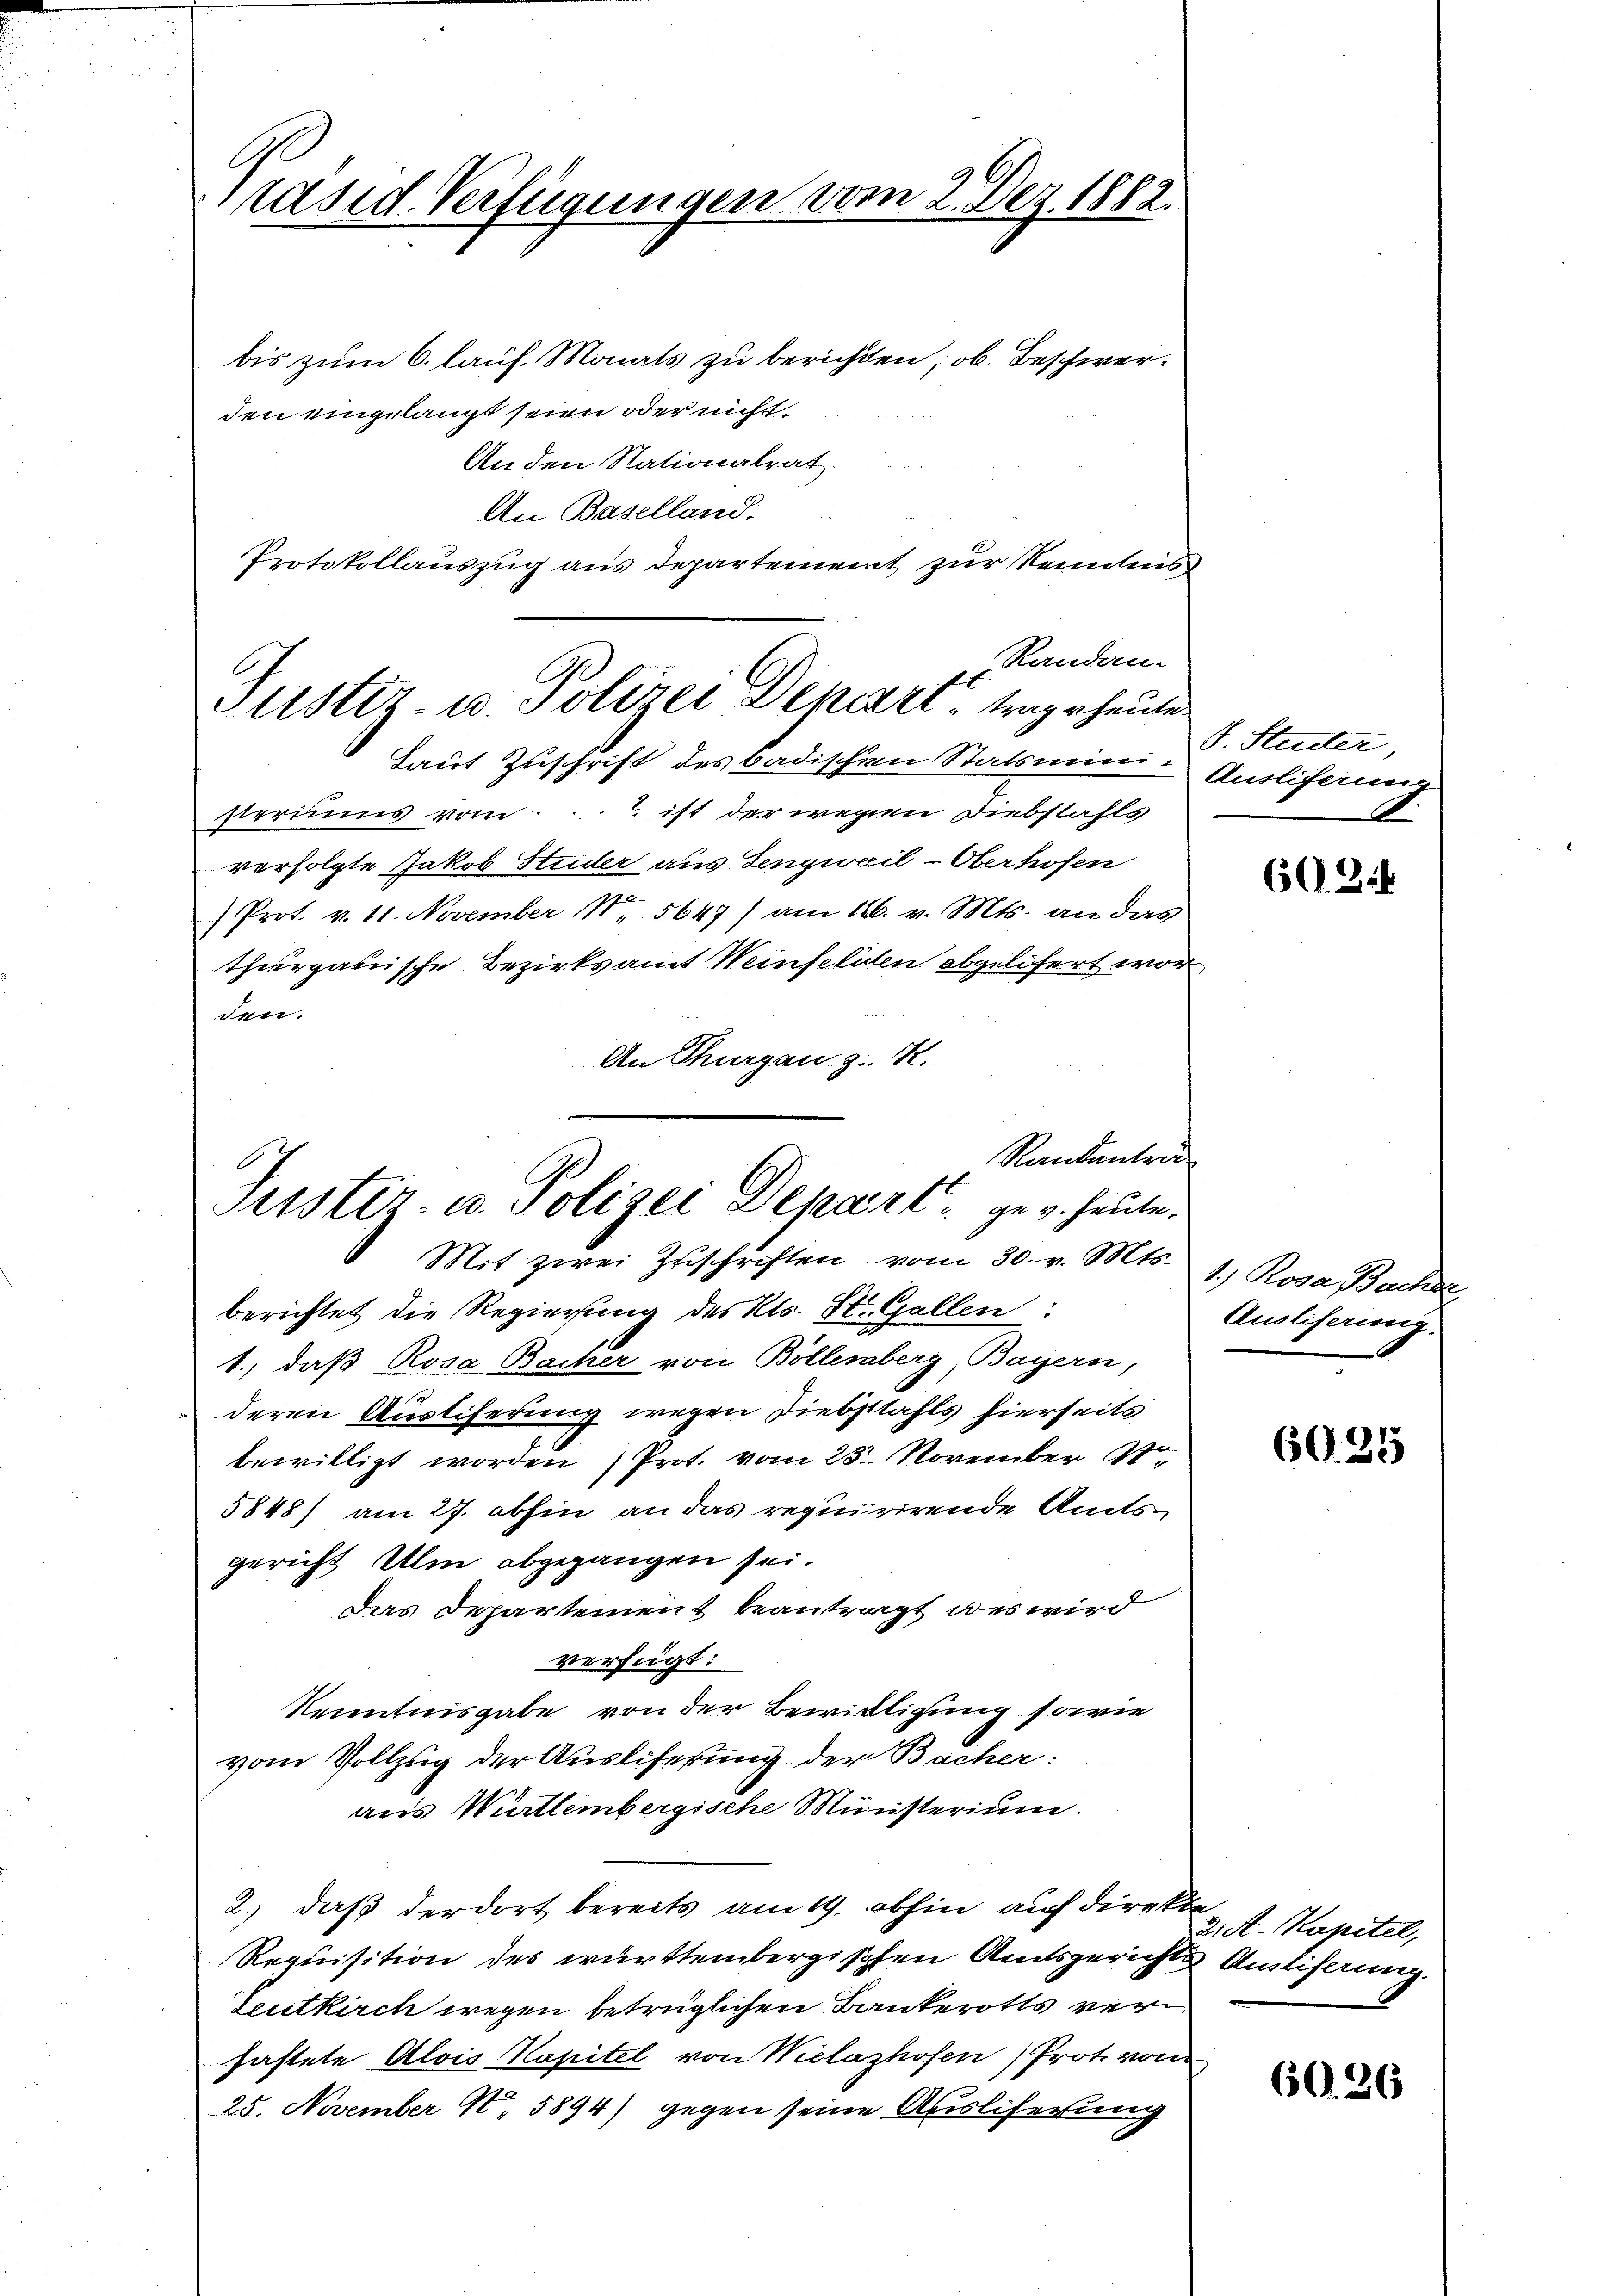
G
räsid. Verfügungen vom 2. Dez. 1882.

bis zum 6. lauf Monats zu berichten, ob Beschwerden eingelangt seien oder nicht
An den Stationalrat
An Baselland.
Protokollauszug aus Departement zur Kenntnis
sterius vom 1. ist der wegen Diebstahls
verfolgte Jakob Studer aus Fengweil-Oberhofen
/Prot. v. 11. November 1. 5647) am 16. v. Mts. an das
thurgauische Bezirksamt Weinfeldten abgelifert wor
den.
An Thurgau z. R.
berichtet die Regierung des Kts. St. Gallen:
1., daß Rosa Bacher von Bollenberg Bayern,
deren Auslieferung wegen Diebstahls hierseits
bewilligt worden Prot. vom 25. November St
5848) am 27. abhin an das requirirende Amtsgericht Ulm abgegangen sei.
Das Departement beantragt des wird
verfügt:
Kenntnisgabe von der Bewilligung sowie
vom Vollzug der Ausliferung der Bacher:
aus Württembergische Münsterium.
2.) daß der dort bereits am 19. abhin auf direkte
Requisition des württembergischen Amtsgerichts Auslicherung.
Seutkirch wegen betrüglichen Bankerotts verhaftete Alois Kapitel von Wielazhofen) Prote vom
25. November No 5894) gegen seine Ausliferung

Randan-
Ge
Justiz- u. Polizei Depart trag heute
Taut Zuschrift des badischen Statsmini Auslieferung

Randantrag
Tuster- u Polizei Depart ger. heute.
Mit zwei Zuschriften vom 30. v. Mts.

S. Stadter,
.

f

602.

1.) Rosa Bache
Auslicherung.

6025

Dist. Kapitel,

60. 26